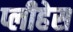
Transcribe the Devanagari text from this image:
प्लीहेस